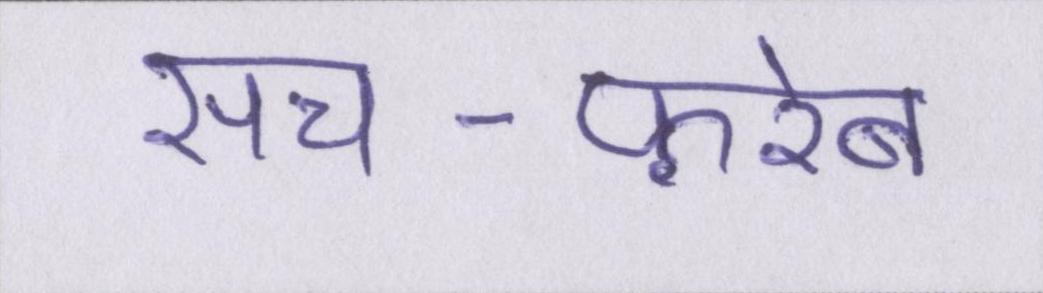
सच-फ़रेब